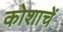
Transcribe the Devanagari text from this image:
कोशाचें